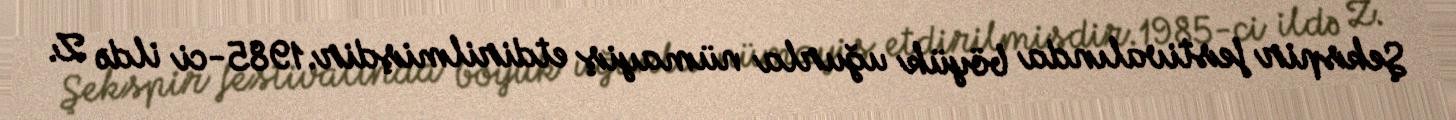
Şekspir festivalında böyük uğurla nümayiş etdirilmişdir.1985-ci ildə Z.